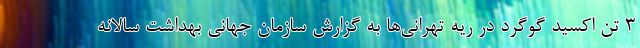
۳ تن اکسید گوگرد در ریه تهرانی‌ها به گزارش سازمان جهانی بهداشت سالانه